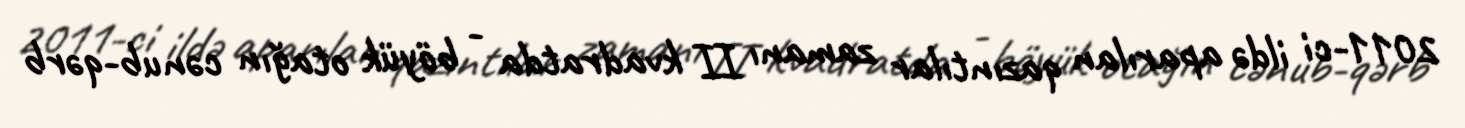
2011-ci ildə aparılan qazıntılar zamanı II kvadratda - böyük otağın cənub-qərb